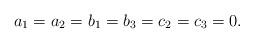
LaTeX: \begin{align*}a_1 = a_2 = b_1 = b_3 = c_2 = c_3 = 0.\end{align*}